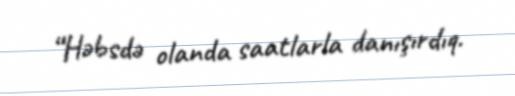
“Həbsdə olanda saatlarla danışırdıq.